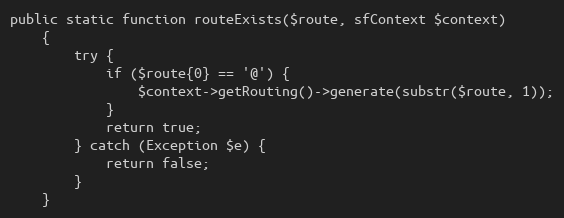
Language: PHP
public static function routeExists($route, sfContext $context)
    {
        try {
            if ($route{0} == '@') {
                $context->getRouting()->generate(substr($route, 1));
            }
            return true;
        } catch (Exception $e) {
            return false;
        }
    }